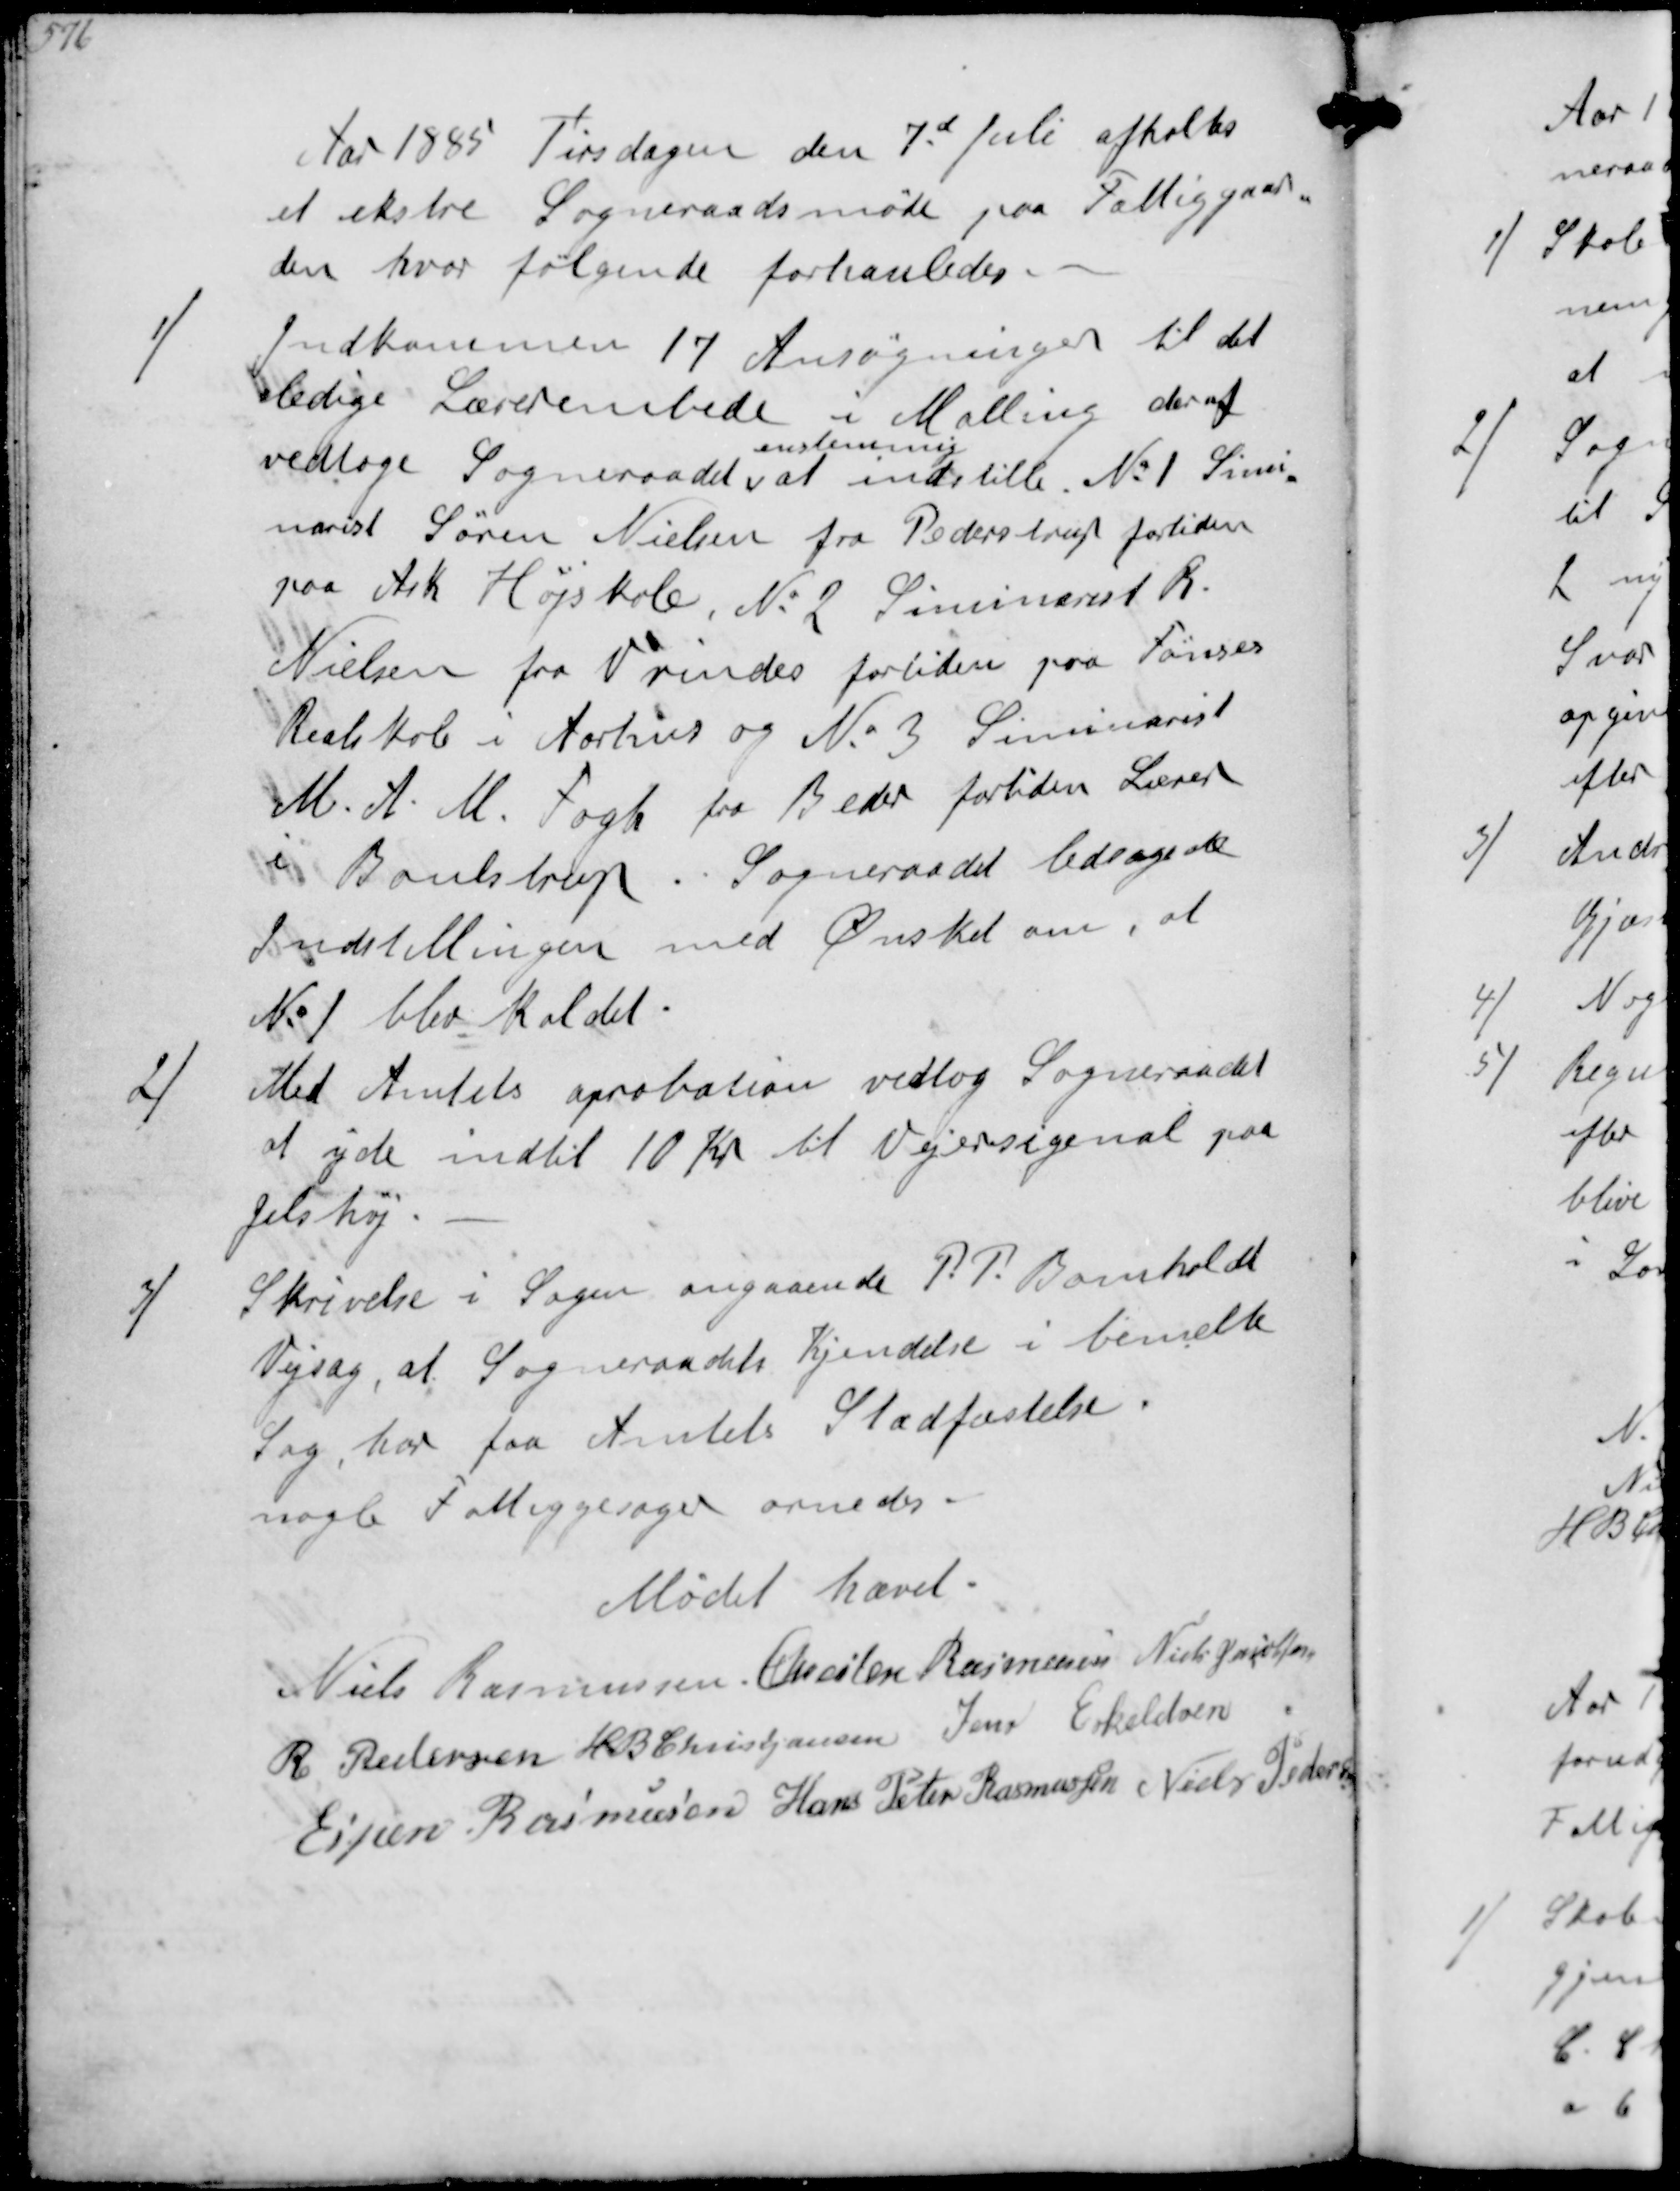
Transskription:
Aar 1885 Tirsdagen den 7dJuli afholtes
et erkstre Sogneraadsmøde paa Fattiggaar-
den hvor følgende forhanledes 
1/
Indkommen 17 Ansøgninger til det
ledige Lærerembede i Malling deraf
vedtoge Sogneraadet
enstemmig
at indstille No 1 Simi-
narist Søren Nielsen fra Pederstrup fortiden
paa Arh Højskole, No 2 Siminarist R
Nielsen fra Vrindes fortiden paa Fønses
Realskole i Aarhus og No 3 Siminarist
M A M Fogh fra Beder fortiden Lærer
i Boulstrup. Sogneraadet ledsagede
Indstillingen med Ønsket om, at
No 1 blev kaldet
2/
Med Amtets Aprobation vedtog Sogneraadet
at yde indtil 10 Kr til Vejersigenal paa
Jelshøj
3/
Skrivelse i Sagen angaaende P P Bomholdt
Vejsag, at Sogneraadets Kjendelse i bemelte
Sag har faaet Amtets Stadfæstelse.
nogle Fattigsager ornedes
Mødet hævet
Niels Rasmussen
Chresten Rasmussen
Niels Jacobsen
R Pedersen
H B Christjansen
Jens Eskeldsen
Espen Rasmussen
Hans Peter Rasmussen
Niels Pedersen